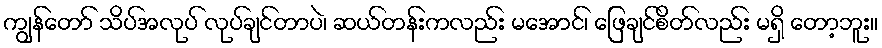
ကျွန်တော် သိပ်အလုပ် လုပ်ချင်တာပဲ၊ ဆယ်တန်းကလည်း မအောင်၊ ဖြေချင်စိတ်လည်း မရှိ တော့ဘူး။